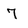
Character: 7